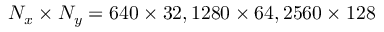
N _ { x } \times N _ { y } = 6 4 0 \times 3 2 , 1 2 8 0 \times 6 4 , 2 5 6 0 \times 1 2 8